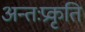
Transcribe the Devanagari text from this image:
अन्तःप्रकृति